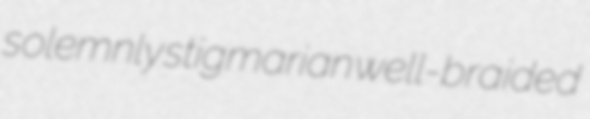
solemnly stigmarian well-braided